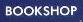
bookshop